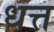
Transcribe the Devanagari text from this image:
धत्त